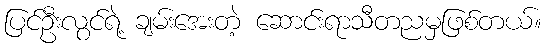
ပြင်ဦးလွင်ရဲ့ ချမ်းအေးတဲ့ ဆောင်းရာသီတညမှဖြစ်တယ်။